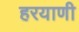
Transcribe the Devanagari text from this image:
हरयाणी